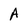
Character: A